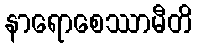
နာရောစေဿာမီတိ